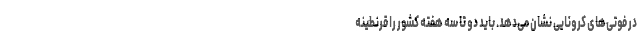
در فوتی‌های کرونایی نشان می‌دهد. باید دو تا سه هفته کشور را قرنطینه